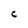
Character: C